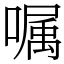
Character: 嘱